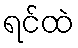
ရင်ထဲ